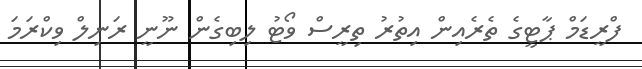
ފްރީޑަމް ޕާޓީގެ ތެރެއިން އިތުރު ތިރީސް ވޯޓު ލިބިގެން ނޫނީ ރަނިލް ވިކްރަމަ